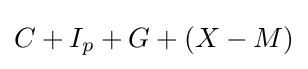
C+I_{p}+G+(X-M)